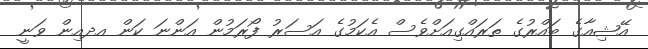
އޭޝިއާގެ ބައްރުގެ ތަރައްގިއަށްވެސް އެކަމުގެ އަސަރު ފޯރަމުން އަންނަ ކަން އދއިން ވަނީ